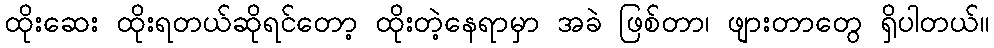
ထိုးဆေး ထိုးရတယ်ဆိုရင်တော့ ထိုးတဲ့နေရာမှာ အခဲ ဖြစ်တာ၊ ဖျားတာတွေ ရှိပါတယ်။